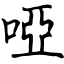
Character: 啞